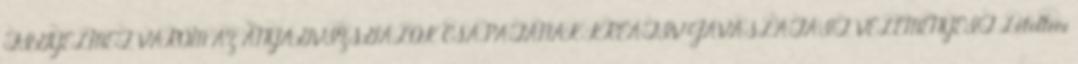
FIGYELMET, VÁROM AZ ANYAGVIZSGÁLÓK CSAPATÁNAK KREATÍV JAVASLATAIT, VÉLEMÉNYEIT Letölteni